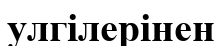
улгілерінен